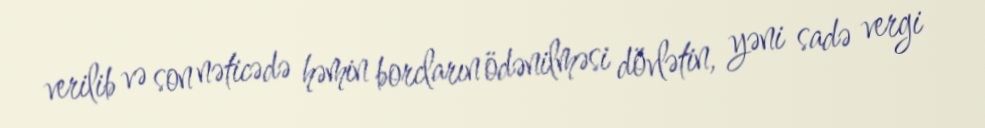
verilib və son nəticədə həmin borcların ödənilməsi dövlətin, yəni sadə vergi